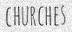
CHURCHES